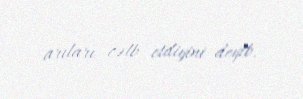
arıları cəlb etdiyini deyib.